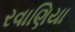
રવાણિયા